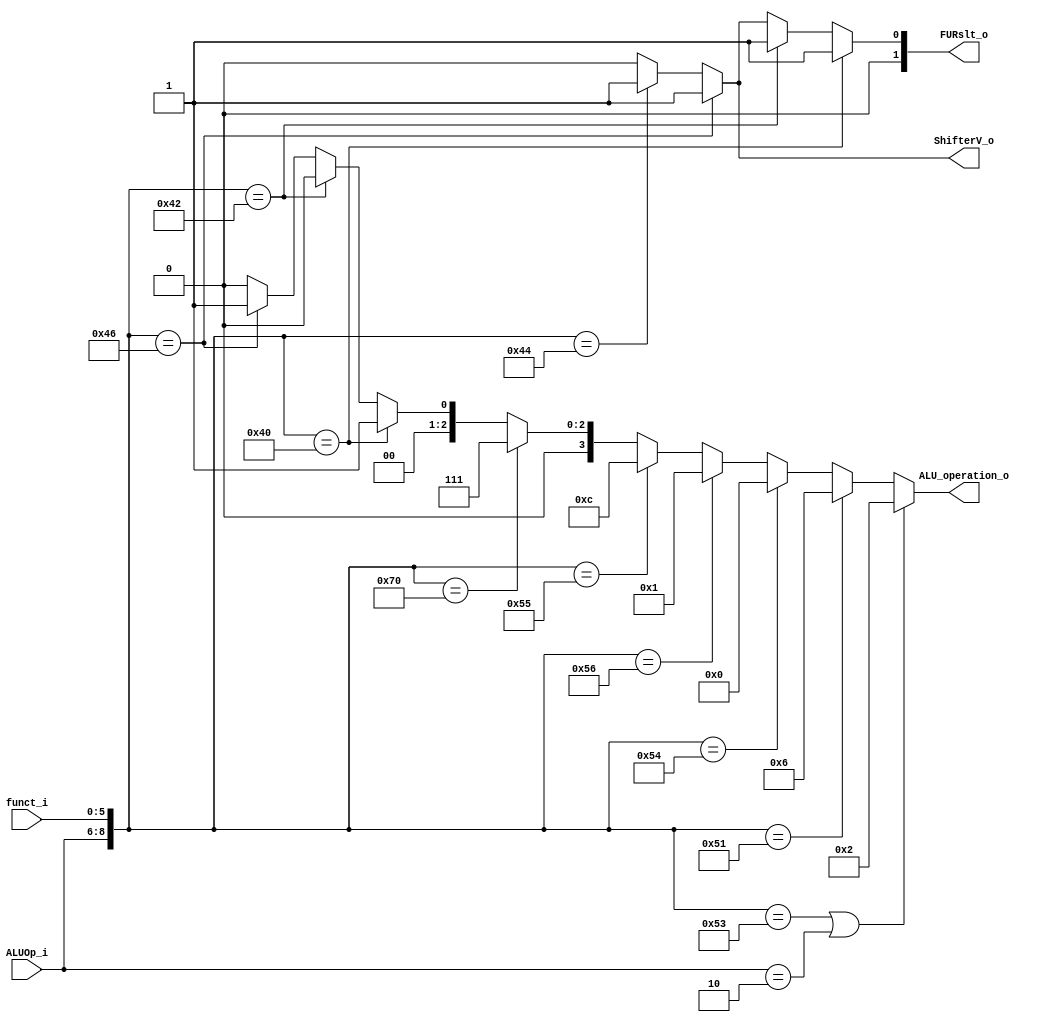
module ALU_Ctrl( funct_i, ALUOp_i, ALU_operation_o, FURslt_o, ShifterV_o );

//I/O ports 
input      [6-1:0] funct_i;
input      [3-1:0] ALUOp_i;

output     [4-1:0] ALU_operation_o;  
output     [2-1:0] FURslt_o;
output	   		   ShifterV_o;
     
//Internal Signals
wire		[4-1:0] ALU_operation_o;
wire		[2-1:0] FURslt_o;
wire        	    ShifterV_o;

//Main function
/*your code here*/
assign FURslt_o = ({ALUOp_i,funct_i} == 9'b001_000000) ? 1 : 	//sll
			({ALUOp_i,funct_i} == 9'b001_000010) ? 1 :			//srl 
			({ALUOp_i,funct_i} == 9'b001_000110) ? 1 :  		//sllv
			({ALUOp_i,funct_i} == 9'b001_000100) ? 1 : 0;		//srlv //else

assign ALU_operation_o = ({ALUOp_i,funct_i} == 9'b001_010011 || ALUOp_i == 3'b010) ? 2 : 	//add addi
				({ALUOp_i,funct_i} == 9'b001_010001) ? 6 : 		//sub
				({ALUOp_i,funct_i} == 9'b001_010100) ? 0 : 		//and
				({ALUOp_i,funct_i} == 9'b001_010110) ? 1 : 		//or
				({ALUOp_i,funct_i} == 9'b001_010101) ? 12 : 	//nor
				({ALUOp_i,funct_i} == 9'b001_110000) ? 7 : 		//slt
				({ALUOp_i,funct_i} == 9'b001_000000) ? 1 : 		//sll
				({ALUOp_i,funct_i} == 9'b001_000010) ? 0 :		//srl		
				({ALUOp_i,funct_i} == 9'b001_000110) ? 1 : 		//sllv
				({ALUOp_i,funct_i} == 9'b001_000100) ? 0 : 0;	//srlv	

assign ShifterV_o = ({ALUOp_i,funct_i} == 9'b001_000110) ? 1 : 	//SLLV
			({ALUOp_i,funct_i} == 9'b001_000100) ? 1 : 0; 		//SRLV	

endmodule